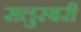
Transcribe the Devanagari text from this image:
सलुस्बरी